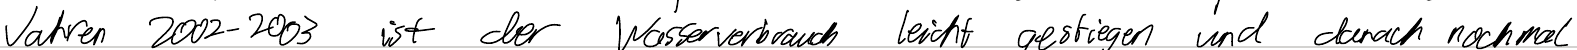
Jahren 2002-2003 ist der Wasserverbrauch leicht gestiegen und danach nochmal